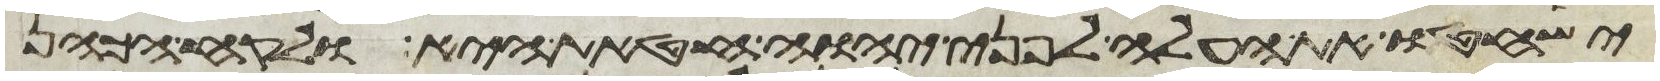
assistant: ישחטו את העלה לפני יהוה חטאת היא ולקח הכהן